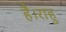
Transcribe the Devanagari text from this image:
है।राहु